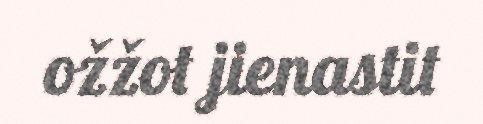
ožžot jienastit